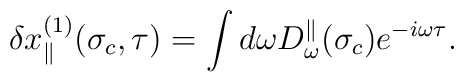
\delta x^{(1)}_\parallel(\sigma_c,\tau)=\int d\omega D^\parallel_\omega(\sigma_c)e^{-i\omega\tau}.